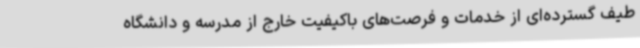
طیف گسترده‌ای از خدمات و فرصت‌های باکیفیت خارج از مدرسه و دانشگاه